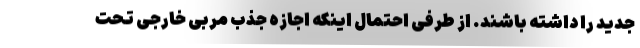
جدید را داشته باشند. از طرفی احتمال اینکه اجازه جذب مربی خارجی تحت